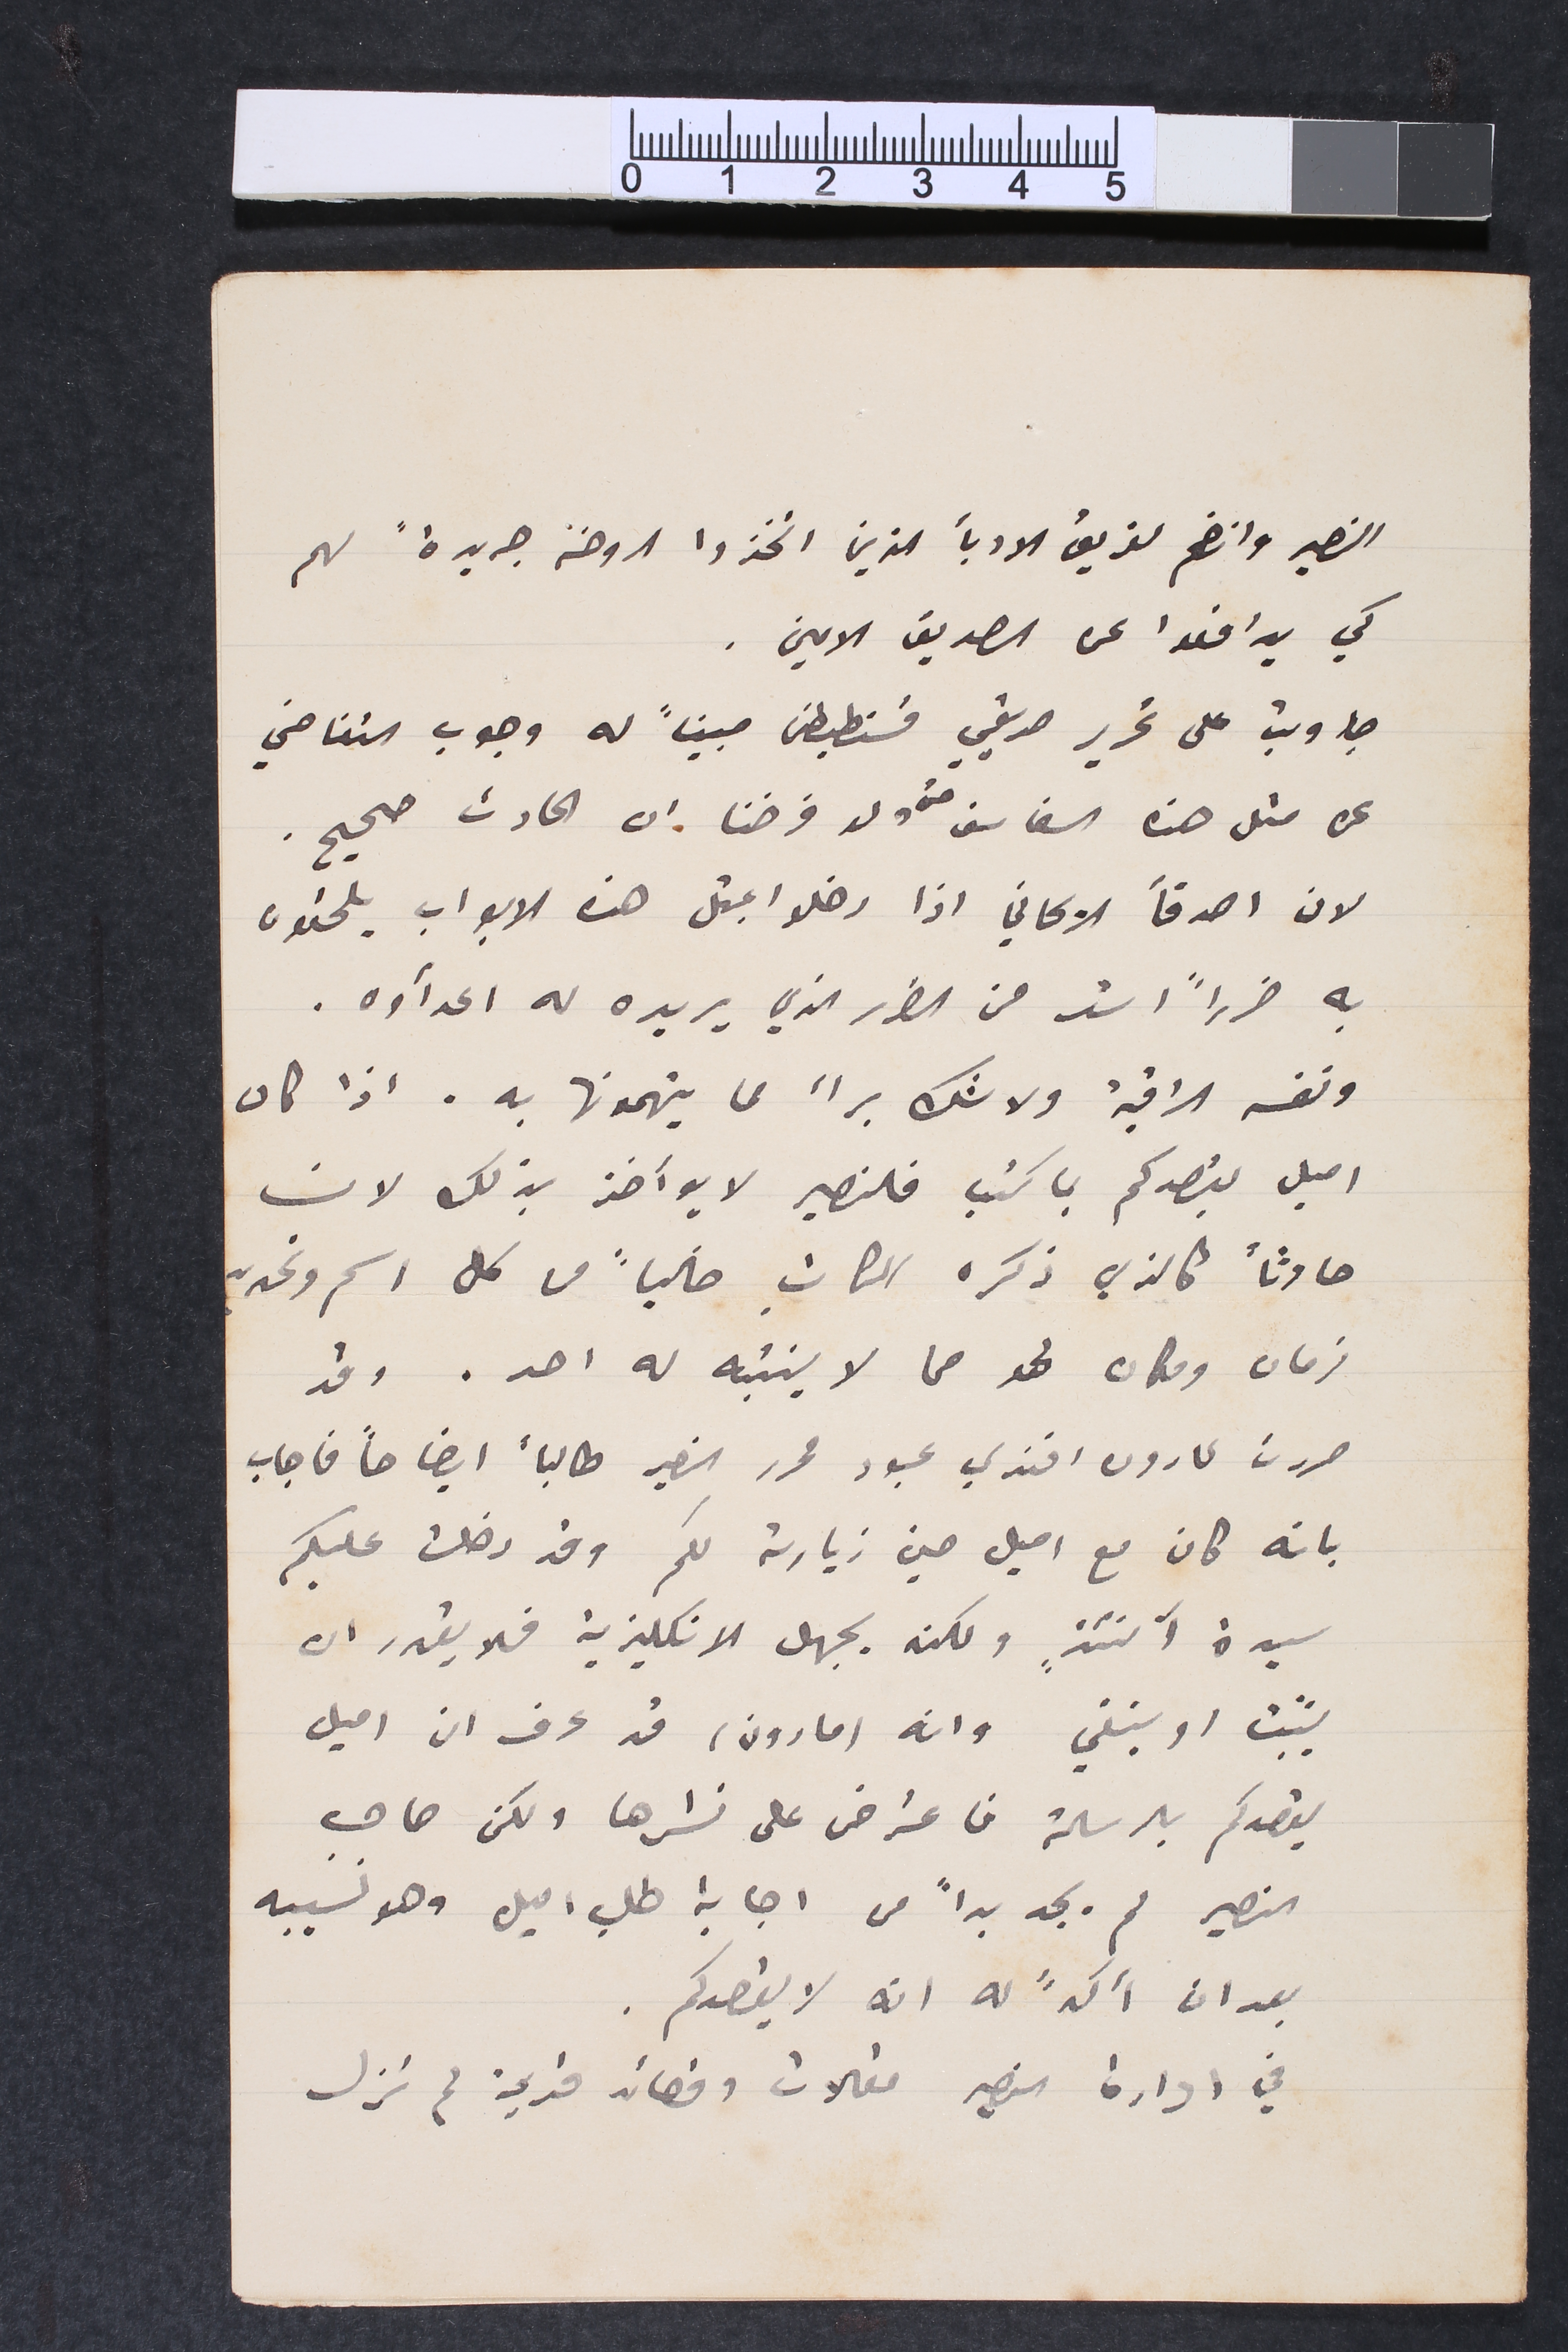
النصير وانضم لفريق الادبأ الذين اتخذوا الروضة جريدة لهم
كي يدافعوا عن الصديق الامين.
جاوبت على تحرير صديقي قسنططين مبيناً له وجوب التغاضي
عن مثل هذه السفاسف حتى ولو فرضنا ان الحادث صحيح.
لان اصدقأ الريحاني  اذا دخلوا بمثل هذه الابواب يلحقون
به ضرراً اشد من الضرر الذي يريده له اعدأوه.
ونفسه الراقية ولا شك برأ مما يتهمونها به. اذا كان
اميل يقصدكم بما كتب فالنصير لا يوآخذ بذلك لان
حادثاً كالذي ذكره الكاتب خالياً من كل اسم وتحديد
زمان ومكان لحد مما لا ينتبه له احد. وقد
حررت لمارون افندي عبود محرر النصير طالباً ايضاحاً  فاجاب
بانه كان مع اميل حين زيارته لكم وقد دخلت عليكم
سيدة آنئذٍ ولكنه يجهل الانكليزية فلا يقدر ان
يثبت او ينفي وانه (مارون) قد عرف ان اميل
يقصدكم بالرسالة فاعترض على نشرها ولكن صاحب
النصير لم يجد بداً من اجابة طلب اميل وهو نسيبه
بعد ان اكد له انه لا يقصدكم.
في ادارة النصير مقالات وقصائد قديمة لم تزل